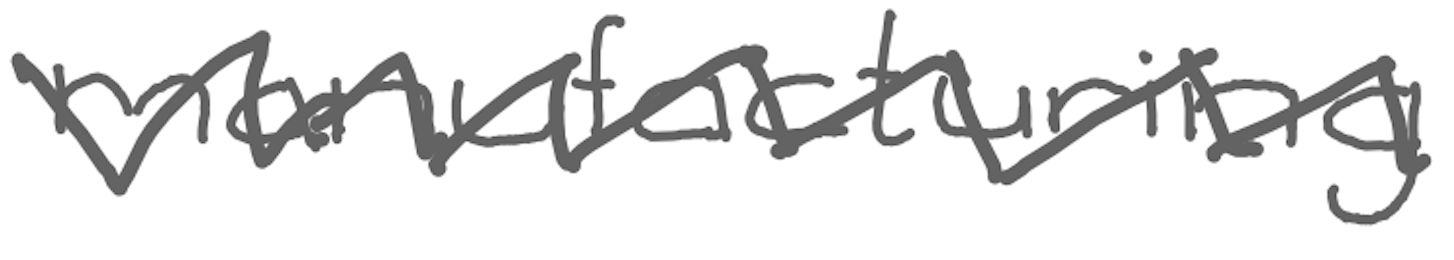
Text: manufacturing
Cross-out: zig-zag
Writing tool: digital_gray